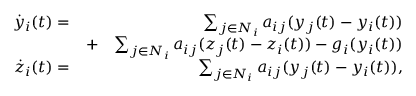
\begin{array} { r l r } { \dot { y } _ { i } ( t ) = } & { } & { \sum _ { j \in N _ { i } } a _ { i j } ( y _ { j } ( t ) - y _ { i } ( t ) ) } \\ & { + } & { \sum _ { j \in N _ { i } } a _ { i j } ( z _ { j } ( t ) - z _ { i } ( t ) ) - g _ { i } ( y _ { i } ( t ) ) } \\ { \dot { z } _ { i } ( t ) = } & { } & { \sum _ { j \in N _ { i } } a _ { i j } ( y _ { j } ( t ) - y _ { i } ( t ) ) , } \end{array}